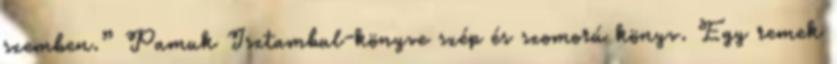
szemben.” Pamuk Isztambul-könyve szép és szomorú könyv. Egy remek